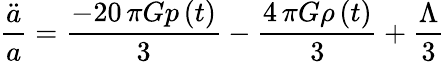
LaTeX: \frac{\ddot{a}}{a}=\frac{-20\, \pi Gp\left(t\right)}{3}-\frac{4\, \pi G\rho\left(t\right)}{3}+\frac{\Lambda}{3}